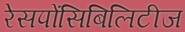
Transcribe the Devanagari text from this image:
रेसपोंसिबिलिटीज